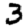
Digit: 3